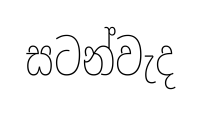
සටන්වැද